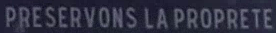
PRESERVONS.LA.PROPRETE